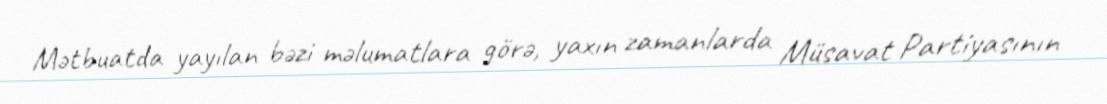
Mətbuatda yayılan bəzi məlumatlara görə, yaxın zamanlarda Müsavat Partiyasının